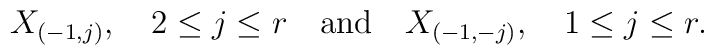
X_{(-1,j)},\quad 2\leq j\leq r\quad \mbox{and} \quad    X_{(-1,-j)},\quad 1\leq j\leq r.